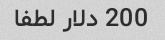
200 دلار لطفا